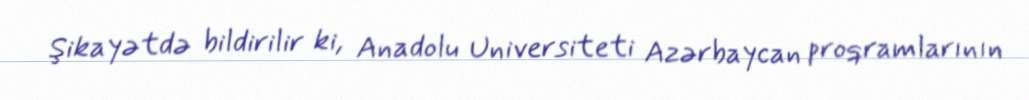
Şikayətdə bildirilir ki, Anadolu Universiteti Azərbaycan proqramlarının